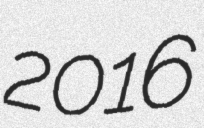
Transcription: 2016